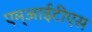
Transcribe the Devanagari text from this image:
एम्आईटीएस